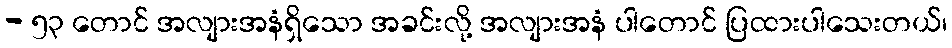
- ၅၃ တောင် အလျားအနံရှိသော အခင်းလို့ အလျားအနံ ပါတောင် ပြထားပါသေးတယ်၊